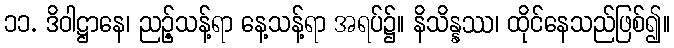
၁၁. ဒိဝါဋ္ဌာနေ၊ ညဉ့်သန့်ရာ နေ့သန့်ရာ အရပ်၌။ နိသိန္နဿ၊ ထိုင်နေသည်ဖြစ်၍။